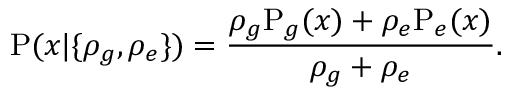
\mathrm { P } ( x | \{ \rho _ { g } , \rho _ { e } \} ) = \frac { \rho _ { g } \mathrm P _ { g } ( x ) + \rho _ { e } \mathrm P _ { e } ( x ) } { \rho _ { g } + \rho _ { e } } .